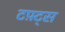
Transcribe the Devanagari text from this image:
टफ़्ट्स